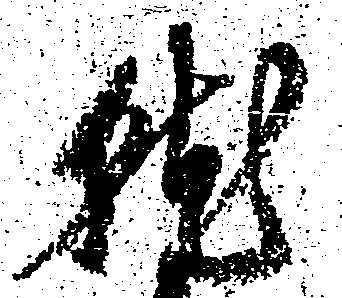
就